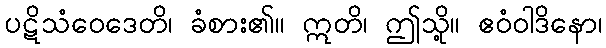
ပဋိသံဝေဒေတိ၊ ခံစား၏။ ဣတိ၊ ဤသို့။ ဧဝံဝါဒိနော၊